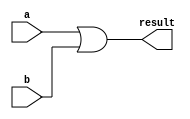
module taskopera(
    input [3:0] a,
    input [3:0] b,
    output [3:0] result
);

    reg [3:0] temp_result; 

    task or_operation;
        input [3:0] int1, int2;
        output [3:0] out;
        begin
            out = int1 | int2;
        end
    endtask

   
    always @(*) begin
        or_operation(a, b, temp_result);
    end

    
    assign result = temp_result;

endmodule


// Code your testbench here
// or browse Examples

module taskopera_tb;
  
  reg [3:0]a,b;
  wire[3:0] or_result;
  
  taskopera to(a,b,or_result);
  
  initial begin
    $monitor("time=%t,a=%b,b=%b,or_result=%b",$time,a,b,or_result);
    
    a=2; b=5; #2;
    a=6; b=5; #2;
    a=7; b=5; #2;
    a=2; b=8; #2;
    
  end
endmodule